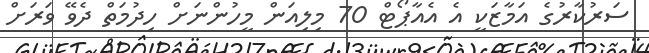
ސަރުކާރުގެ އަމާޒަކީ އެ އެއާޕޯޓް 70 މިލިއަން މީހުންނަށް ހިދުމަތް ދެވޭ ވަރަށް